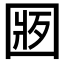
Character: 𱖁